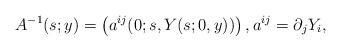
LaTeX: \begin{align*}A^{-1}(s;y) = \left( a^{ij}(0;s,Y(s;0,y)) \right), a^{ij} = \partial_{j} Y_{i},\end{align*}